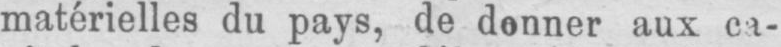
matérielles du pays, de donner aux ca-